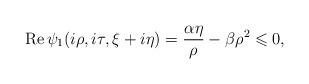
LaTeX: \begin{align*}\operatorname{Re}\psi_1(i\rho,i\tau,\xi+i\eta)=\frac{\alpha\eta}{\rho}-\beta\rho^2\leqslant 0,\end{align*}